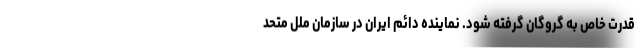
قدرت خاص به گروگان گرفته شود. نماینده دائم ایران در سازمان ملل متحد